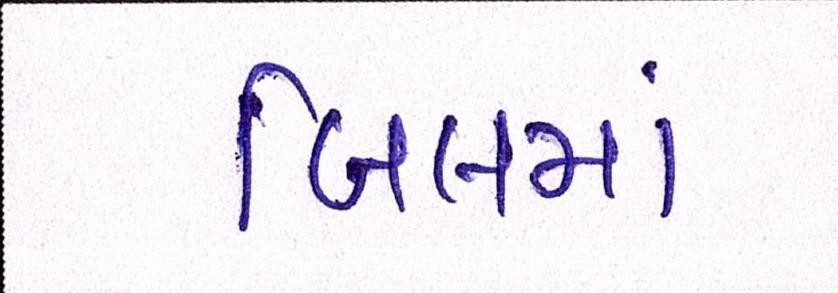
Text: બિલમાં